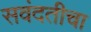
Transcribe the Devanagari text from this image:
सवंदतीचा